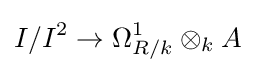
I/I^{2}\to \Omega _{R/k}^{1}\otimes _{k}A